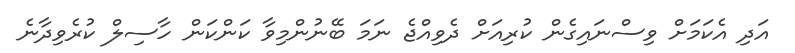
އަދި އެކަމަށް ވިސްނައިގެން ކުރިއަށް ދެވިއްޖެ ނަމަ ބޭނުންމިވާ ކަންކަން ހާސިލް ކުރެވިދާނެ